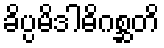
ခိပ္ပမိဒါဓိဂစ္ဆတိ